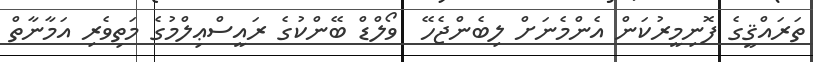
ތަރައްޤީގެ ފޮނިމީރުކަން އެންމެނަށް ލިބެންޖެހޭ  ވޯލްޑް ބޭންކުގެ ރައީސްޢިލްމުގެ މަތިވެރި އަމާނާތް